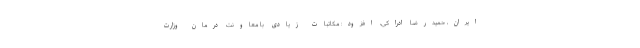
ایران، حمیدرضا ادراکی، افزود: مکاتبات زیادی با معاونت درمان وزارت